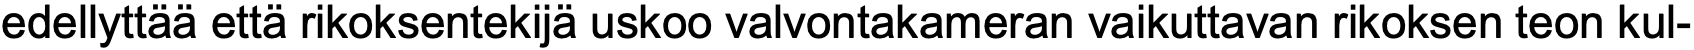
edellyttää että rikoksentekijä uskoo valvontakameran vaikuttavan rikoksen teon kul-